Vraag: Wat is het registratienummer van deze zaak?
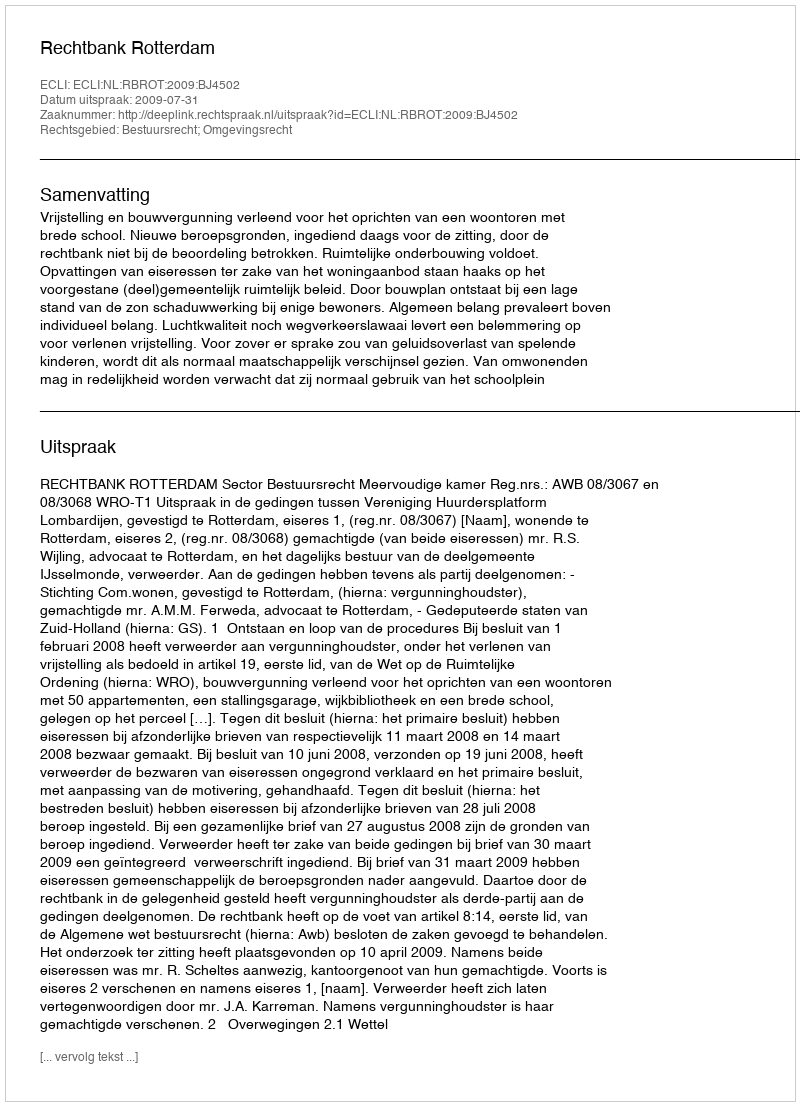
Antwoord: http://deeplink.rechtspraak.nl/uitspraak?id=ECLI:NL:RBROT:2009:BJ4502